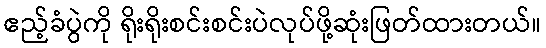
ဧည့်ခံပွဲကို ရိုးရိုးစင်းစင်းပဲလုပ်ဖို့ဆုံးဖြတ်ထားတယ်။